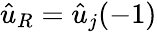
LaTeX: \hat{u}_{R}={\hat{u}}_{j}(-1)